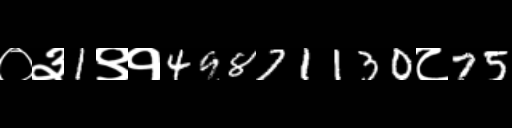
Text: ०३1९१49871130८75